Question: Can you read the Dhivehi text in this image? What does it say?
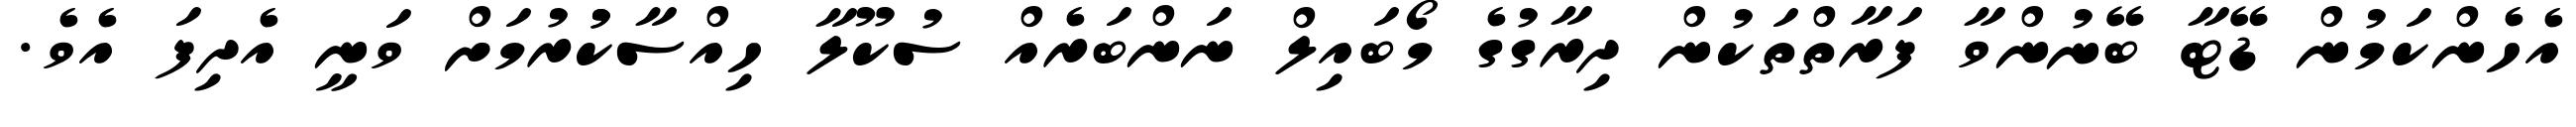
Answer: އެހެންކަމުން ޑޭޓާ ބޭނުންވާ ފަރާތްތަކުން ދިރާގުގެ މޯބައިލް ނަންބަރެއް ސުކޫލާ ހިއްސާކުުރުމަށް ވަނީ އެދިފަ އެވެ.